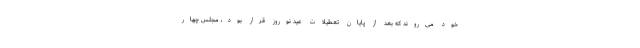
خود می‌روند که بعد از پایان تعطیلات عید نوروز قرار بود، مجلس چهار